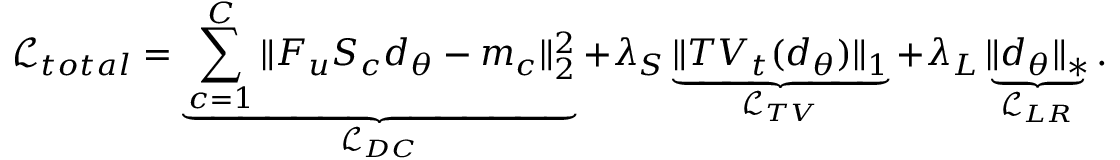
\mathcal { L } _ { t o t a l } = \underbrace { \sum _ { c = 1 } ^ { C } \Vert F _ { u } S _ { c } d _ { \theta } - m _ { c } \Vert _ { 2 } ^ { 2 } } _ { \mathcal { L } _ { D C } } + \lambda _ { S } \underbrace { \Vert T V _ { t } ( d _ { \theta } ) \Vert _ { 1 } } _ { \mathcal { L } _ { T V } } + \lambda _ { L } \underbrace { \Vert d _ { \theta } \Vert _ { * } } _ { \mathcal { L } _ { L R } } .